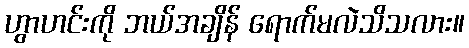
ဟွာဟင်းကို ဘယ်အချိန် ရောက်မလဲသိသလား။